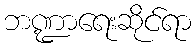
ဘဏ္ဍာရေးဆိုင်ရာ